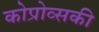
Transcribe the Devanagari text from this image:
कोप्रोव्सकी